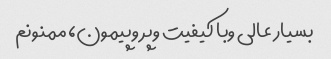
بسیار عالی وبا کیفیت وپر وپیمون، ممنونم